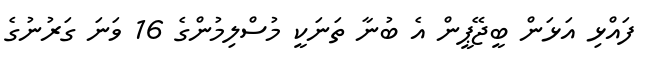
ފައްޅި އަޅަން ބީޖޭޕީން އެ ބުނާ ތަނަކީ މުސްލިމުންގެ 16 ވަނަ ގަރުނުގެ